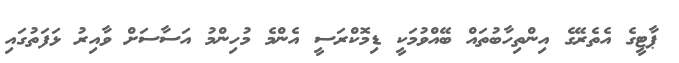
ޕާޓީގެ އެތެރޭގެ އިންތިހާބުތައް ބޭއްވުމަކީ ޑިމޮކްރަސީ އެންމެ މުހިންމު އަސާސަށް ވާއިރު ޅަފަތުގައި